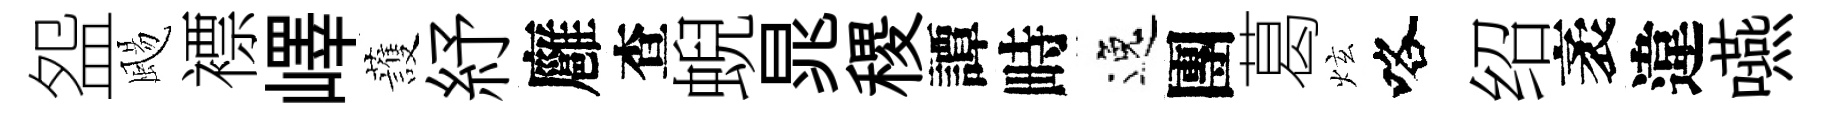
盌颺褾嶧䕶紓廱查蜺晁稷譚畤逸團葛炫咯绍袤違嚥